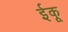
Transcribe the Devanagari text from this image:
ईकू